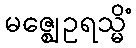
မဇ္ဈေဥရသ္မိံ